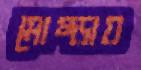
মোষ্‌ড়ায়